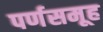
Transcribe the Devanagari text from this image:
पर्णसमूह